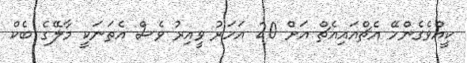
ކީއްވެގެންހޭ އެޗްއައިއެޗް އަށް 20 އަހަރު ވީއިރު ވެސް އެތަނަކީ މާލޭގެ ބެކް